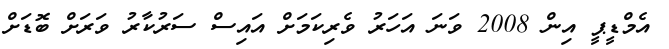
އެމްޑީޕީ އިން 2008 ވަނަ އަހަރު ވެރިކަމަށް އައިސް ސަރުކާރު ވަރަށް ބޮޑަށް